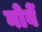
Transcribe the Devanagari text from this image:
नोवें